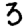
Digit: 3